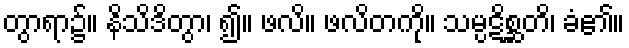
တွာရာ၌။ နိသိဒိတွာ၊ ၍။ ဖလိ။ ဖလိတကို။ သမ္ပဋိစ္ဆတိ၊ ခံ၏။